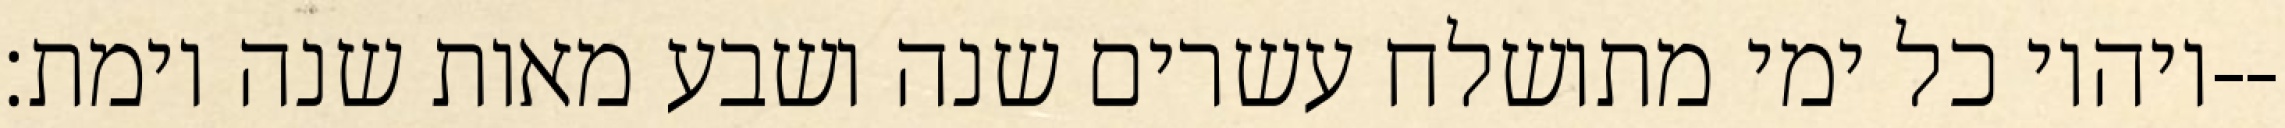
ויהיו כל ימי מתושלח עשרים שנה ושבע מאות שנה וימת׃--